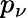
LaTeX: p_{\nu}